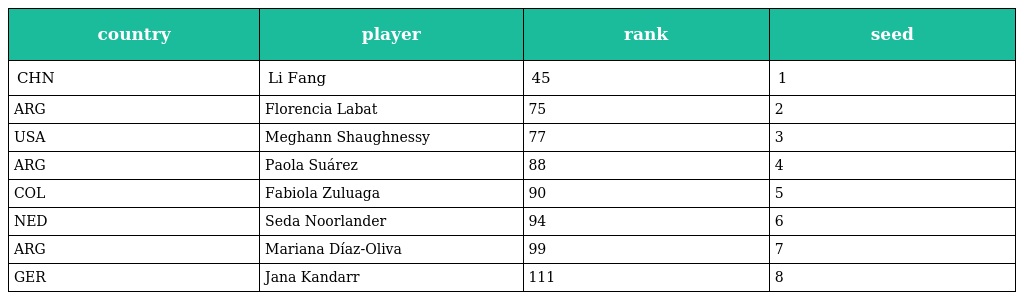
| country | player | rank | seed |
 | --- | --- | --- | --- |
 | CHN | Li Fang | 45 | 1 |
 | ARG | Florencia Labat | 75 | 2 |
 | USA | Meghann Shaughnessy | 77 | 3 |
 | ARG | Paola Suárez | 88 | 4 |
 | COL | Fabiola Zuluaga | 90 | 5 |
 | NED | Seda Noorlander | 94 | 6 |
 | ARG | Mariana Díaz-Oliva | 99 | 7 |
 | GER | Jana Kandarr | 111 | 8 |